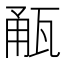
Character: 㼧